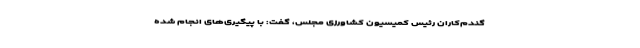
گندم‌کاران رئیس کمیسیون کشاورزی مجلس، گفت: با پیگیری‌های انجام شده